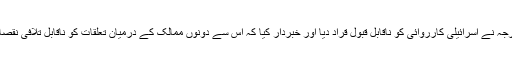
ترک وزارت خارجہ نے اسرائیلی کارروائی کو ناقابل قبول قراد دیا اور خبردار کیا کہ اس سے دونوں ممالک کے درمیان تعلقات کو ناقابل تلافی نقصان پہنچ سکتا ہے۔